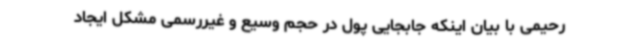
رحیمی با بیان اینکه جابجایی پول در حجم وسیع و غیررسمی مشکل ایجاد